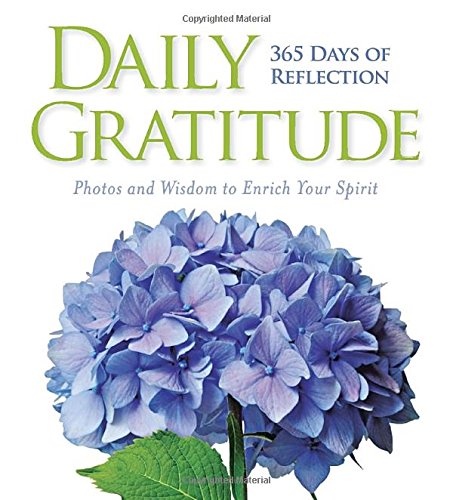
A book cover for Daily Gratitude: 365 Days of Reflection; National Geographic; Arts & Photography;